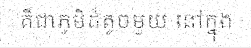
គឺជាភូមិដ៏តូចមួយ នៅក្នុង